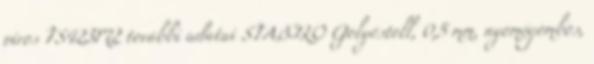
piros TS423M2 további adatai STABILO Golyóstoll, 0,5 mm, nyomógombos,